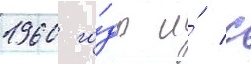
1960 го́ды и́ с